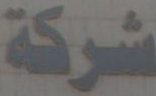
شركة